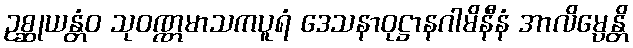
ဥစ္ဆုယန္တံဝ သုဝဏ္ဏမာသကပူရံ ဒေသနာဝုဋ္ဌာနဂါမိနီနံ အာလိမ္ပေန္တိ